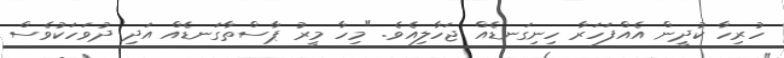
ހުރިހާ ކުދީން އެއްފަހަރާ ހިނިގަނޑެއް ޖަހާލިއެވެ. "މިހާ މީރު ޕާސްތާގަނޑެއް އަދި ދުވަހަކުވެސް